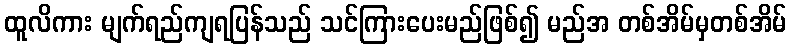
ထူလိကား မျက်ရည်ကျရပြန်သည် သင်ကြားပေးမည်ဖြစ်၍ မည်အ တစ်အိမ်မှတစ်အိမ်